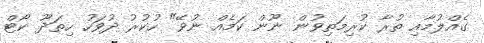
ގެއްލުމާއި ތުރާ ކުރިމަތިވުން ނޫން ކަމެއް ނުވޭ" ހުކުރު ދުވަހު ހިތަދޫ ކޯޓް